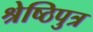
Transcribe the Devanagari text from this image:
श्रेष्ठिपुत्र